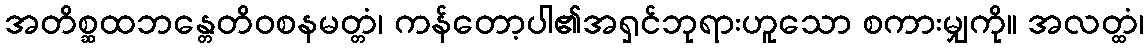
အတိစ္ဆထဘန္တေတိဝစနမတ္တံ၊ ကန်တော့ပါ၏အရှင်ဘုရားဟူသော စကားမျှကို။ အလတ္ထံ၊